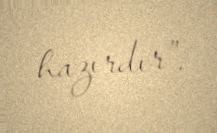
hazırdır”.